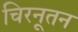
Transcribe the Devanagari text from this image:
चिरनूतन